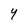
Character: Y